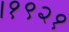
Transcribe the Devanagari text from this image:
।१९२१